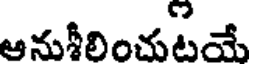
ఆనుశీలించుటయే